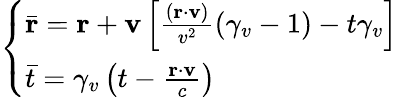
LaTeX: \left\{ \begin{array}{ll}{\bar{\mathbf{r}}=\mathbf{r}+\mathbf{v}\left[\frac{(\mathbf{r}\cdot\mathbf{v})}{v^{2}}(\gamma_{v}-1)-t\gamma_{v}\right]}\\ {\bar{t}=\gamma_{v}\left(t-\frac{\mathbf{r}\cdot\mathbf{v}}{c}\right)}\end{array}\right.